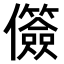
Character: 𫤐